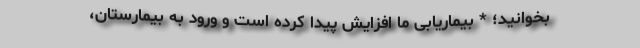
بخوانید؛ * بیماریابی ما افزایش پیدا کرده است و ورود به بیمارستان،